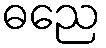
ဓညေ